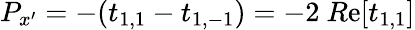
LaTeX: P_{x^{\prime}}=-(t_{1,1}-t_{1,-1})=-2\ R\mathrm{e}[t_{1,1}]